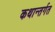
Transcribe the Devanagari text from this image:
कथान्तर्गत